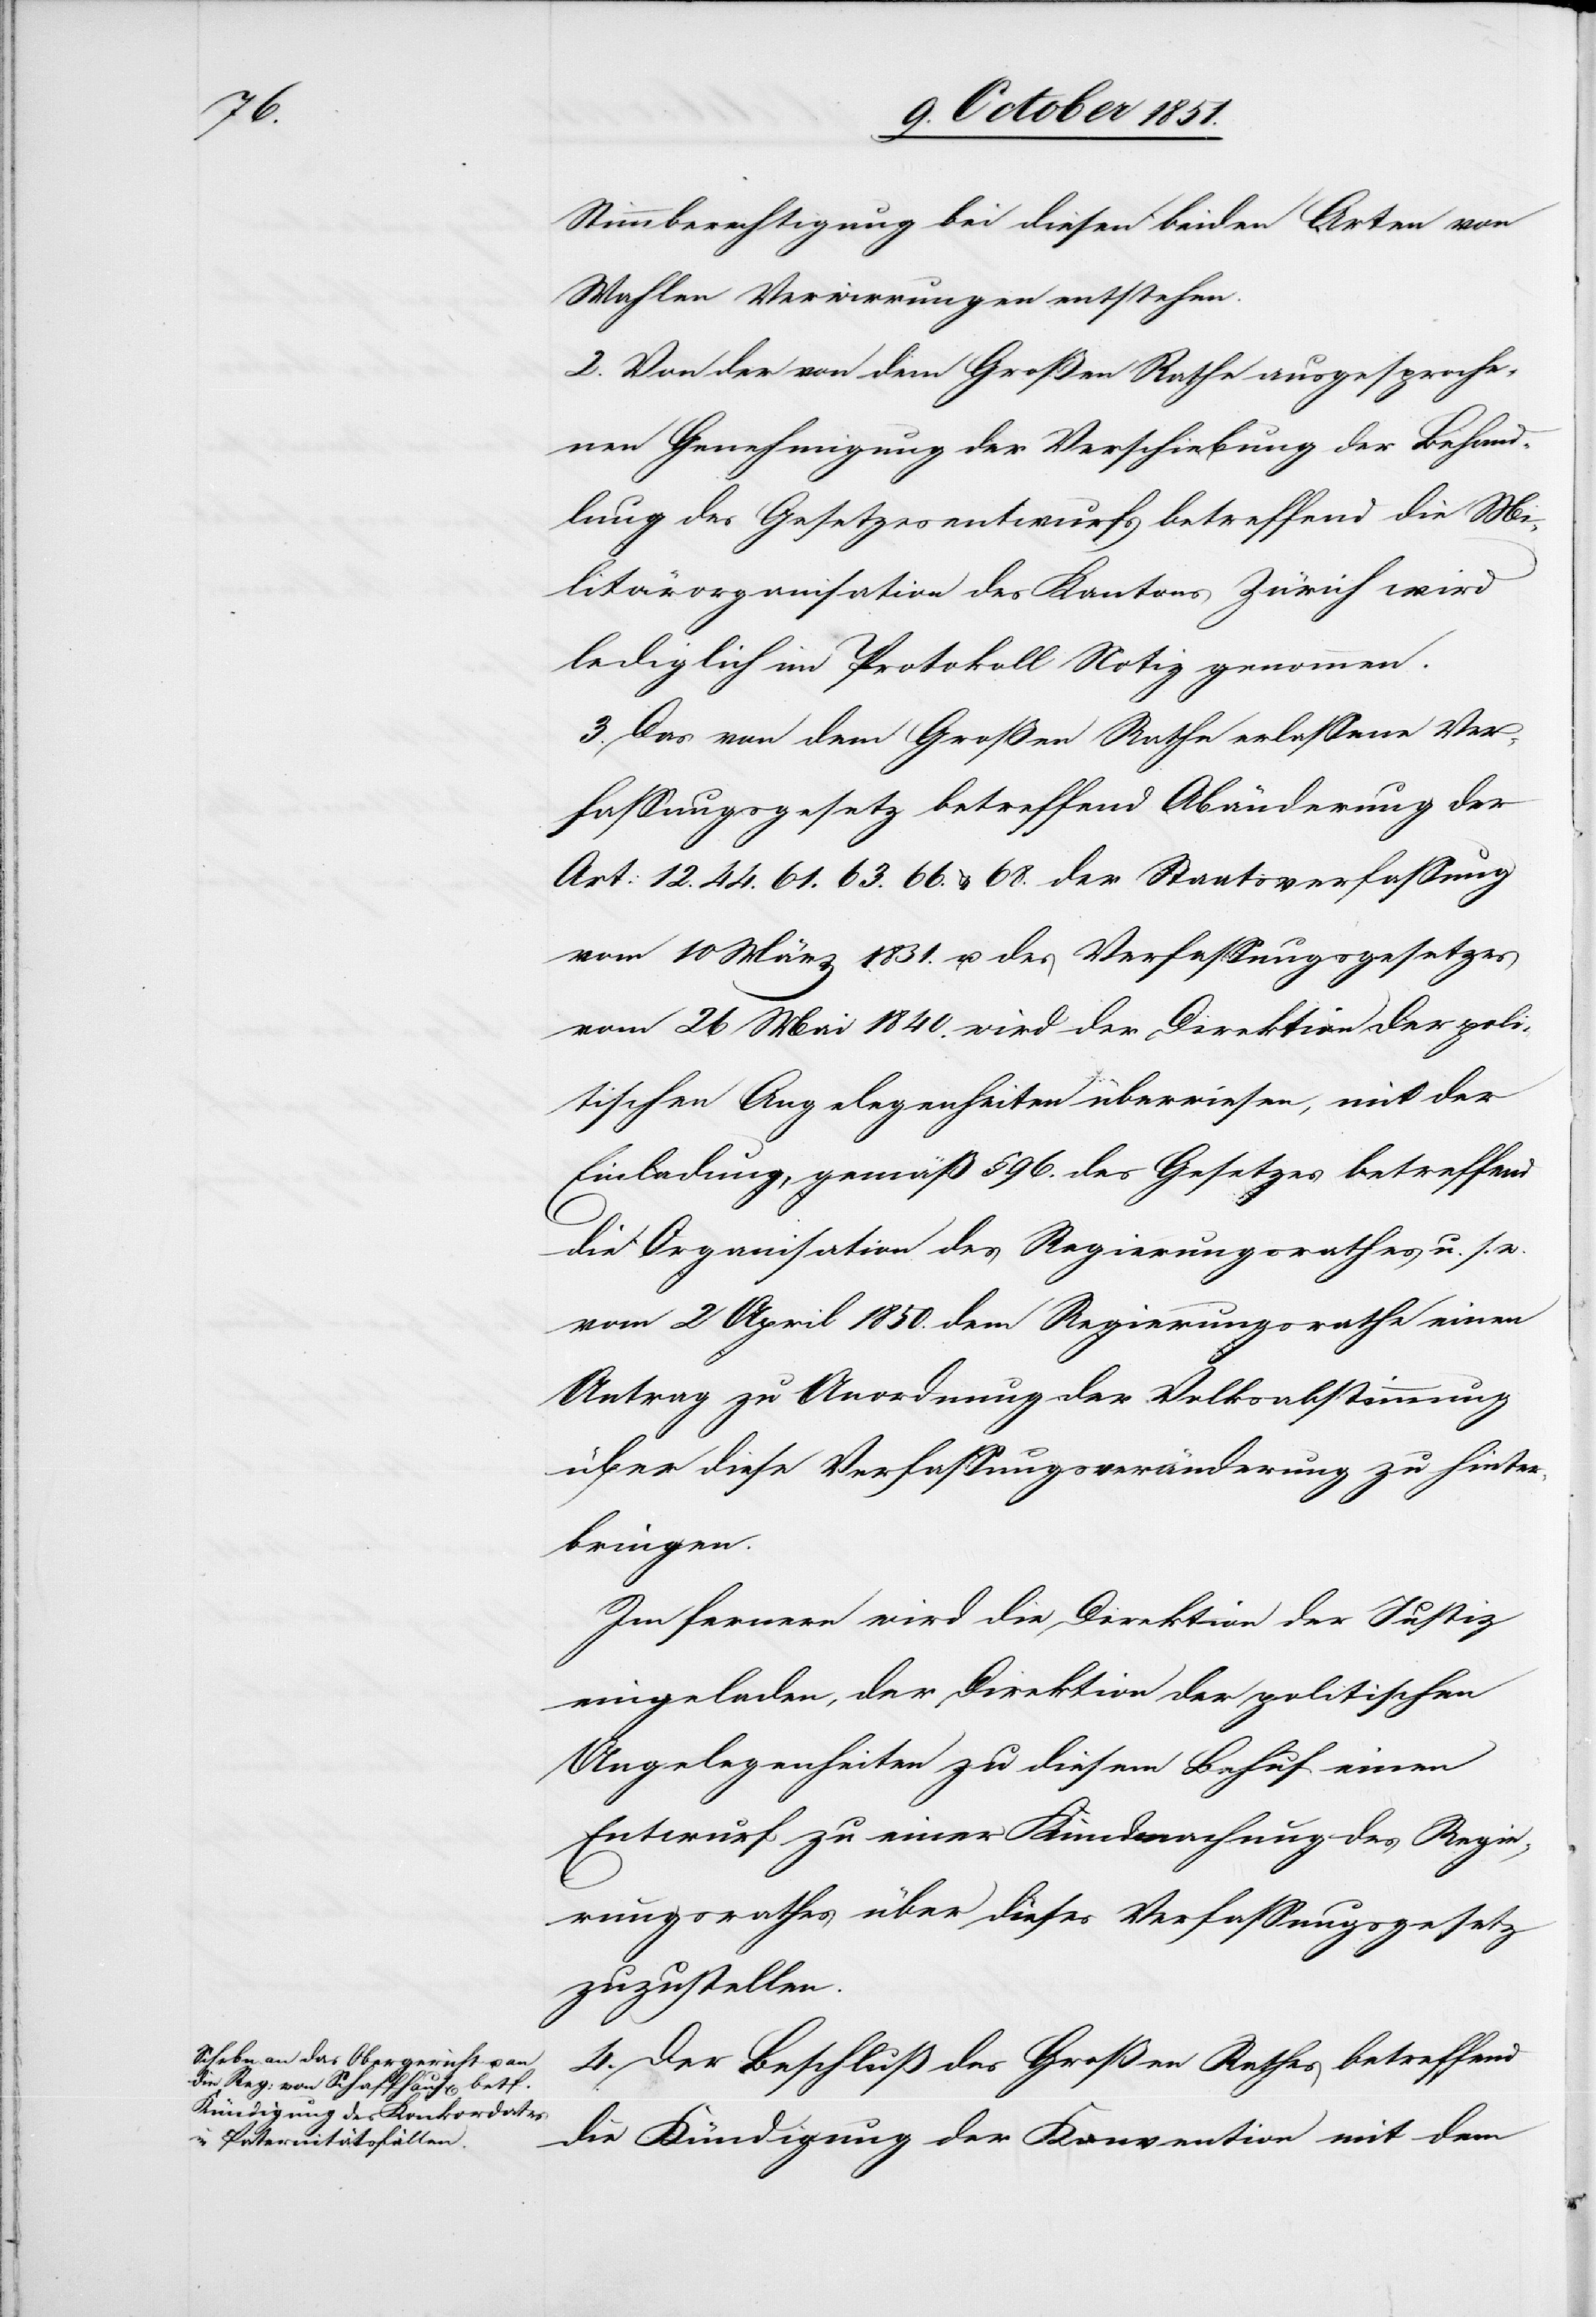
Stimmberechtigung bei diesen beiden Arten von
Wahlen Verwirrungen entstehen.
2. Von der von dem Großen Rathe ausgesproche¬
nen Genehmigung der Verschiebung der Behand¬
lung des Gesetzesentwurfs betreffend die Mi¬
litärorganisation des Kantons Zürich wird
lediglich im Protokoll Notiz genommen.
3. Das von dem Großen Rathe erlassene Ver¬
fassungsgesetz betreffend Abänderung der
Art: 12.[,] 44.[,] 61.[,] 63.[,] 66. & 68. der Staatsverfassung
vom 10 März 1831. u. des Verfassungsgesetzes
vom 26 Mai 1840. wird der Direktion der poli¬
tischen Angelegenheiten überwiesen, mit der
Einladung, gemäß § 96. des Gesetzes betreffend
die Organisation des Regierungsrathes u. s.
vom 2 April 1850. dem Regierungsrathe einen
Antrag zu Anordnung der Volksabstimmung
über diese Verfassungsveränderung zu hinter¬
bringen.
Im fernern wird die Direktion der Justiz
eingeladen, der Direktion der politischen
Angelegenheiten zu diesem Behuf einen
Entwurf zu einer Kundmachung des Regie¬
rungsrathes über dieses Verfassungsgesetz
zuzustellen.
4. Der Beschluß des Großen Rathes betreffend
die Kündigung der Konvention mit dem